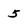
Character: 5